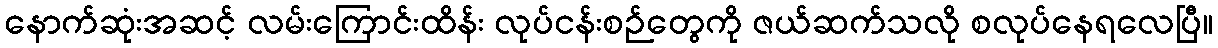
နောက်ဆုံးအဆင့် လမ်းကြောင်းထိန်း လုပ်ငန်းစဉ်တွေကို ဇယ်ဆက်သလို စလုပ်နေရလေပြီ။